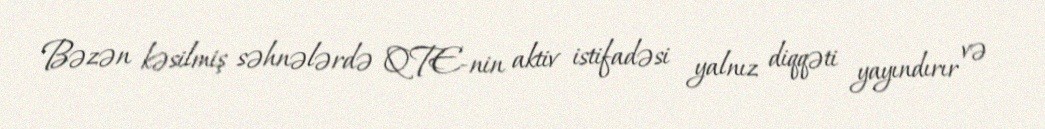
Bəzən kəsilmiş səhnələrdə QTE-nin aktiv istifadəsi yalnız diqqəti yayındırır və